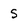
Character: S